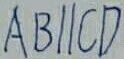
A B / / C D